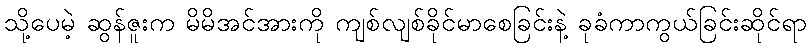
သို့ပေမဲ့ ဆွန်ဇူးက မိမိအင်အားကို ကျစ်လျစ်ခိုင်မာစေခြင်းနဲ့ ခုခံကာကွယ်ခြင်းဆိုင်ရာ